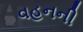
વહનની